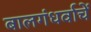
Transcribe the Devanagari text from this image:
बालगंधर्वाचें